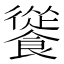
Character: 𩞐